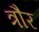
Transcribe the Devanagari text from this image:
त्रौर